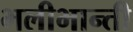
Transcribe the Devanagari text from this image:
भलीभान्ती